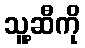
သူ့ဆီကို